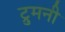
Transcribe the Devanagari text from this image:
ट्रुमनी